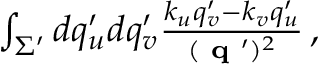
\begin{array} { r } { \int _ { \Sigma ^ { \prime } } d q _ { u } ^ { \prime } d q _ { v } ^ { \prime } \frac { k _ { u } q _ { v } ^ { \prime } - k _ { v } q _ { u } ^ { \prime } } { ( \textbf { q } ^ { \prime } ) ^ { 2 } } \, , } \end{array}